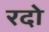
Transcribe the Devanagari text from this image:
रदो